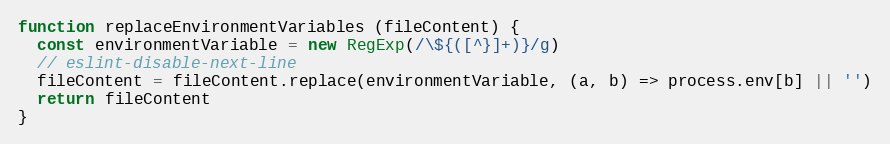
Language: JavaScript
function replaceEnvironmentVariables (fileContent) {
  const environmentVariable = new RegExp(/\${([^}]+)}/g)
  // eslint-disable-next-line
  fileContent = fileContent.replace(environmentVariable, (a, b) => process.env[b] || '')
  return fileContent
}